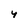
Character: 4